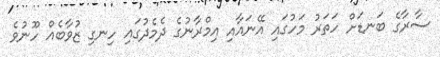
ސާރާގެ ބަނޑަށް ހަތަރު މަހުގައި އޭނައާއި އިމްރާނުގެ ދެމެދުގައި ހިނގި ޒުވާބެއް ހޫނުވެ